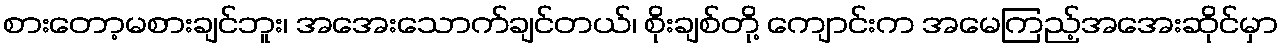
စားတော့မစားချင်ဘူး၊ အအေးသောက်ချင်တယ်၊ စိုးချစ်တို့ ကျောင်းက အမေကြည့်အအေးဆိုင်မှာ